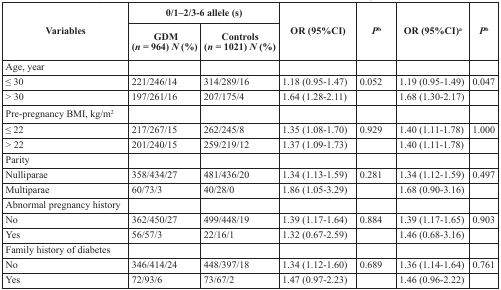
<table><thead><tr><td rowspan="2"><b>Variables</b></td><td colspan="2"><b>0/1–2/3-6 allele (s)</b></td><td rowspan="2"><b>OR (95%CI)</b></td><td rowspan="2"><b><i>P</i><sup>b</sup></b></td><td rowspan="2"><b>OR (95%CI)<sup>a</sup></b></td><td rowspan="2"><b><i>P</i><sup>b</sup></b></td></tr><tr><td><b>GDM (<i>n</i> = 964) <i>N</i> (%)</b></td><td><b>Controls (<i>n</i> = 1021) <i>N</i> (%)</b></td></tr></thead><tbody><tr><td>Age, year</td><td></td><td></td><td></td><td></td><td></td><td></td></tr><tr><td>≤ 30</td><td>221/246/14</td><td>314/289/16</td><td>1.18 (0.95-1.47)</td><td>0.052</td><td>1.19 (0.95-1.49)</td><td>0.047</td></tr><tr><td>&gt; 30</td><td>197/261/16</td><td>207/175/4</td><td>1.64 (1.28-2.11)</td><td></td><td>1.68 (1.30-2.17)</td><td></td></tr><tr><td>Pre-pregnancy BMI, kg/m<sup>2</sup></td><td></td><td></td><td></td><td></td><td></td><td></td></tr><tr><td>≤ 22</td><td>217/267/15</td><td>262/245/8</td><td>1.35 (1.08-1.70)</td><td>0.929</td><td>1.40 (1.11-1.78)</td><td>1.000</td></tr><tr><td>&gt; 22</td><td>201/240/15</td><td>259/219/12</td><td>1.37 (1.09-1.73)</td><td></td><td>1.40 (1.11-1.78)</td><td></td></tr><tr><td>Parity</td><td></td><td></td><td></td><td></td><td></td><td></td></tr><tr><td>Nulliparae</td><td>358/434/27</td><td>481/436/20</td><td>1.34 (1.13-1.59)</td><td>0.281</td><td>1.34 (1.12-1.59)</td><td>0.497</td></tr><tr><td>Multiparae</td><td>60/73/3</td><td>40/28/0</td><td>1.86 (1.05-3.29)</td><td></td><td>1.68 (0.90-3.16)</td><td></td></tr><tr><td>Abnormal pregnancy history</td><td></td><td></td><td></td><td></td><td></td><td></td></tr><tr><td>No</td><td>362/450/27</td><td>499/448/19</td><td>1.39 (1.17-1.64)</td><td>0.884</td><td>1.39 (1.17-1.65)</td><td>0.903</td></tr><tr><td>Yes</td><td>56/57/3</td><td>22/16/1</td><td>1.32 (0.67-2.59)</td><td></td><td>1.46 (0.68-3.16)</td><td></td></tr><tr><td>Family history of diabetes</td><td></td><td></td><td></td><td></td><td></td><td></td></tr><tr><td>No</td><td>346/414/24</td><td>448/397/18</td><td>1.34 (1.12-1.60)</td><td>0.689</td><td>1.36 (1.14-1.64)</td><td>0.761</td></tr><tr><td>Yes</td><td>72/93/6</td><td>73/67/2</td><td>1.47 (0.97-2.23)</td><td></td><td>1.46 (0.96-2.22)</td><td></td></tr></tbody></table>